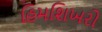
હિમશિખરો